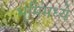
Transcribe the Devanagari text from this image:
भूमिंमध्ये